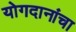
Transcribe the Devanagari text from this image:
योगदानांचा